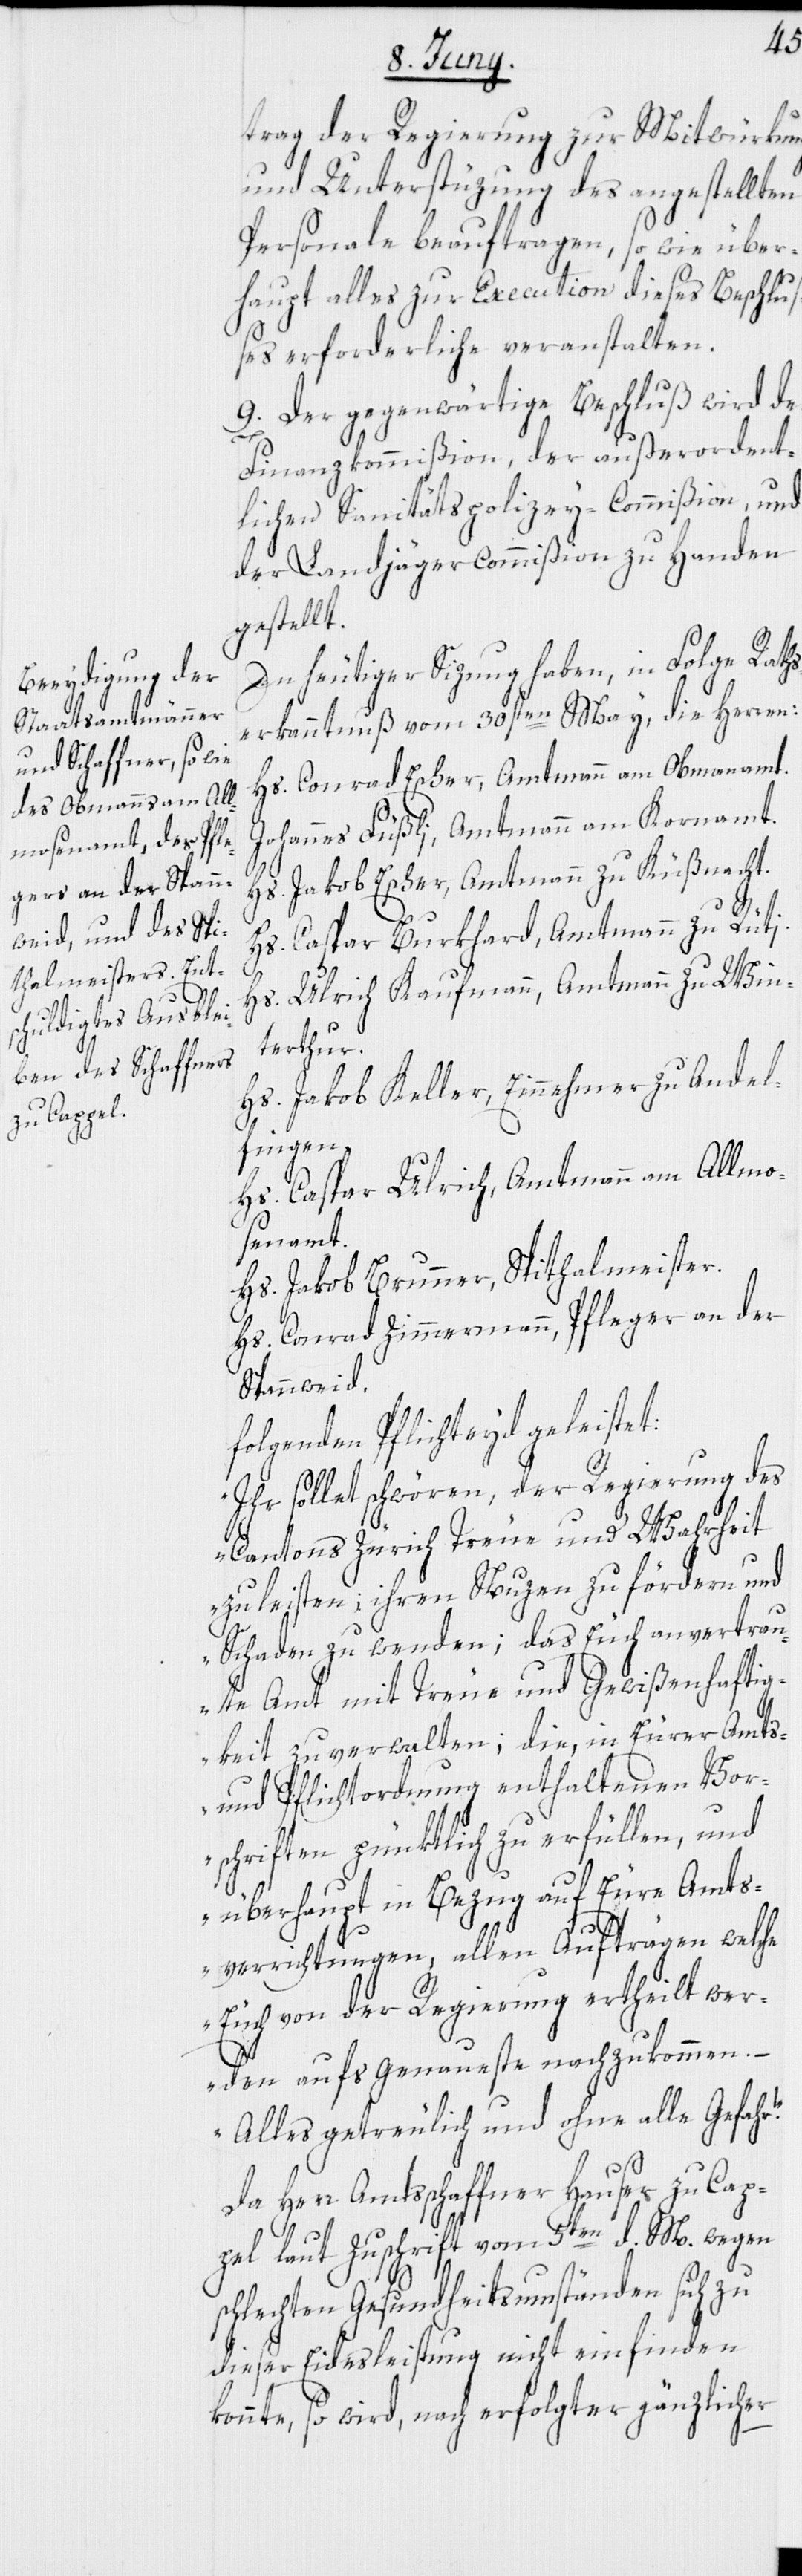
trag der Regierung zur Mitwürkung
und Unterstüzung des angestellten
Personale beauftragen, so wie über¬
haupt alles zur Execution dieses Beschluß¬
es erforderliche veranstalten.
9. Der gegenwärtige Beschluß wird der
Finanzkommißion, der außerordent¬
lichen Sanitätspolizey-Commißion, und
der Landjägercommißion zu Handen
gestellt.
In heutiger Sizung haben, in Folge Raths¬
erkanntnuß vom 30sten May, die Herren:
Hs. Conrad Escher, Amtmann am Obman[n]amt.
Johannes Füßli, Amtmann am Kornamt.
Hs. Jakob Escher, Amtmann zu Küßnacht.
Hs. Caspar Burkhard, Amtmann zu Rüti.
Hs. Ulrich Kaufmann, Amtmann zu Win¬
terthur.
Hs. Jakob Keller, Einnehmer zu Andel¬
fingen.
Hs. Caspar Ulrich, Amtmann am Allmo¬
senamt.
Hs. Jakob Brunner, Spithalmeister.
Hs. Conrad Zimmermann, Pfleger an der
Spannweid.
folgenden Pflichteyd geleistet:
„Ihr sollet schwören, der Regierung des
Cantons Zürich Treue und Wahrheit
zu leisten; ihren Nuzen zu fördern und
Schaden zu wenden; das Euch anvertrau¬
te Amt mit Treue und Gewißenhaftig¬
keit zu verwalten; die, in Eurer Amts-
und Pflichtordnung enthaltenen Vor¬
schriften pünktlich zu erfüllen, und
überhaupt in Bezug auf Eure Amts¬
verrichtungen, allen Aufträgen welche
Euch von der Regierung ertheilt wer¬
den aufs Genaueste nachzukommen.
Alles getreulich und ohne alle Gefahr.“
Da Herr Amtsschaffner Hauser zu Cap¬
pel laut Zuschrift vom 5ten d. M. wegen
schlechten Gesundheitsumständen sich zu
dieser Eidesleistung nicht einfinden
konnte, so wird, nach erfolgter gänzlicher